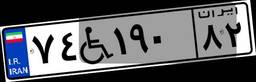
۷۴W۱۹۰۸۲